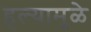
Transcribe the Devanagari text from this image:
हल्यामुळे